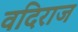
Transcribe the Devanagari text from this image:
वदिराज